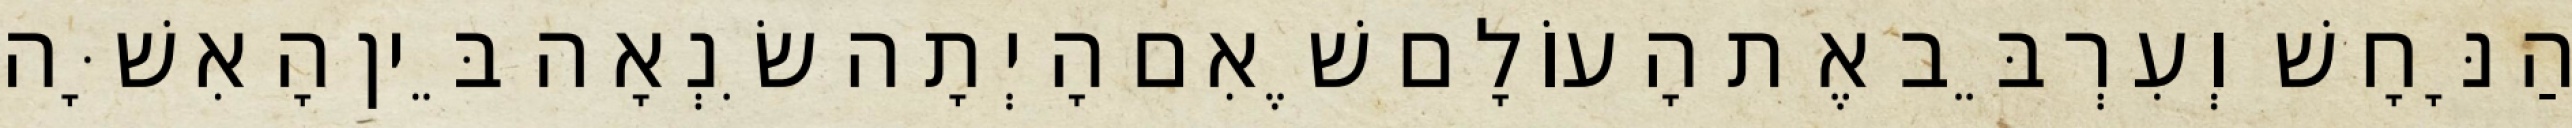
הַנָּחָשׁ וְעִרְבֵּב אֶת הָעוֹלָם שֶׁאִם הָיְתָה שִׂנְאָה בֵּין הָאִשָּׁה